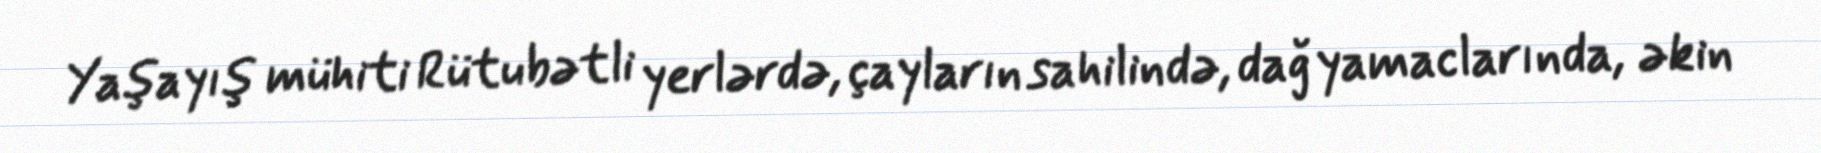
Yaşayış mühiti Rütubətli yerlərdə, çayların sahilində, dağ yamaclarında, əkin